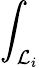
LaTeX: \int_{\mathcal{L}_{i}}